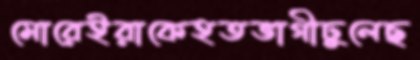
মোরেইরাকেহতভাগীঢুলেছ